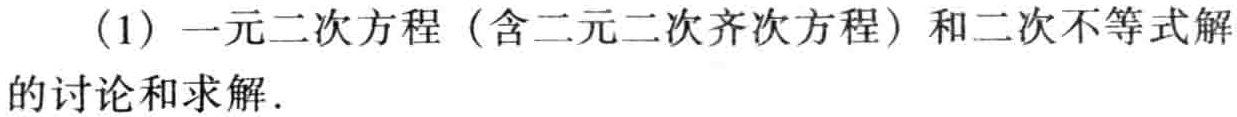
(1) 一元二次方程（含二元二次齐次方程）和二次不等式解的讨论和求解.